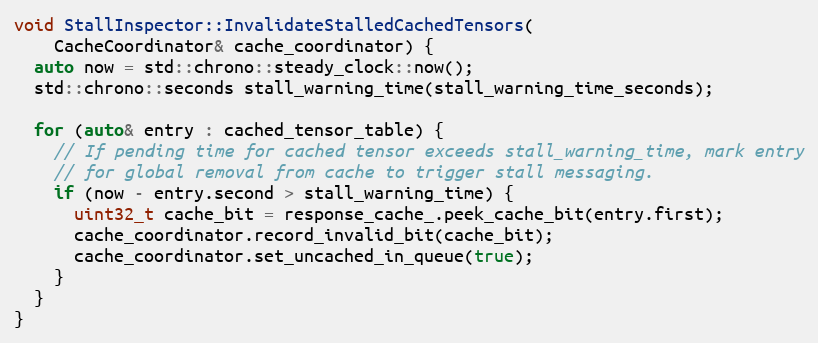
Language: C++
void StallInspector::InvalidateStalledCachedTensors(
    CacheCoordinator& cache_coordinator) {
  auto now = std::chrono::steady_clock::now();
  std::chrono::seconds stall_warning_time(stall_warning_time_seconds);

  for (auto& entry : cached_tensor_table) {
    // If pending time for cached tensor exceeds stall_warning_time, mark entry
    // for global removal from cache to trigger stall messaging.
    if (now - entry.second > stall_warning_time) {
      uint32_t cache_bit = response_cache_.peek_cache_bit(entry.first);
      cache_coordinator.record_invalid_bit(cache_bit);
      cache_coordinator.set_uncached_in_queue(true);
    }
  }
}